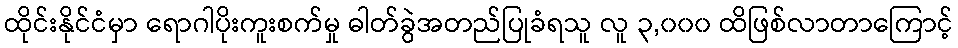
ထိုင်းနိုင်ငံမှာ ရောဂါပိုးကူးစက်မှု ဓါတ်ခွဲအတည်ပြုခံရသူ လူ ၃,၀၀၀ ထိဖြစ်လာတာကြောင့်